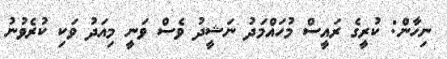
ނިހާން: ކުރީގެ ރައީސް މުހައްމަދު ނަޝީދު ވެސް ވަނީ މިއަދު ވަކި ކުރެވުނު